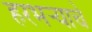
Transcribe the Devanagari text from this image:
हरभर्‍याचे